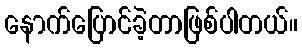
နောက်ပြောင်ခဲ့တာဖြစ်ပါတယ်။